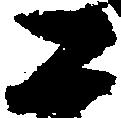
二